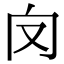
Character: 𠬦